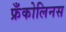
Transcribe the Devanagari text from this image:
फ्रँकोलिनस